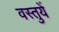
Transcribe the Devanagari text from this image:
वस्‍तुयें